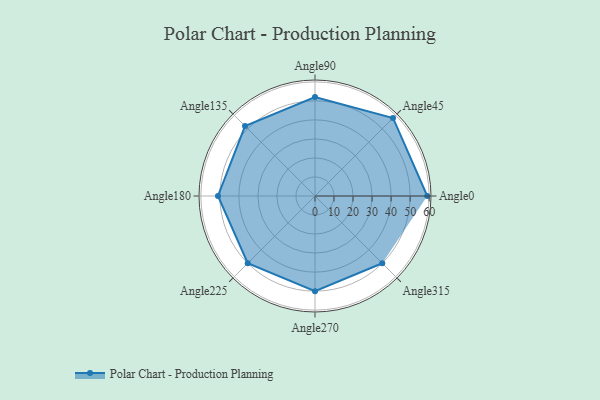
{"axis": {"x": "Angle", "y": "Radius"}, "legend": [""], "data": [{"x": "Angle0", "y": 59.0, "type": ""}, {"x": "Angle45", "y": 58.0, "type": ""}, {"x": "Angle90", "y": 52.0, "type": ""}, {"x": "Angle135", "y": 52.0, "type": ""}, {"x": "Angle180", "y": 51.0, "type": ""}, {"x": "Angle225", "y": 50, "type": ""}, {"x": "Angle270", "y": 50, "type": ""}, {"x": "Angle315", "y": 50, "type": ""}]}